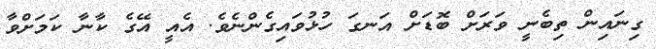
ގިނައިން ތިބެނީ ވަރަށް ބޮޑަށް އަނގަ ހުޅުވައިގެންނެވެ. އެއީ އޭގެ ކާނާ ކަމަށްވާ